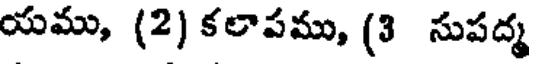
యము, (2) కలాపము, (3 సుపద్మ